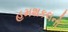
હમશકલનો